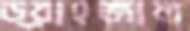
ড্রাহজাল